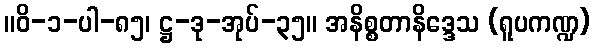
။ဝိ-၁-ပါ-၈၅၊ ဋ္ဌ-ဒု-အုပ်-၃၅။ အနိစ္စတာနိဒ္ဒေသ (ရူပကဏ္ဍ)